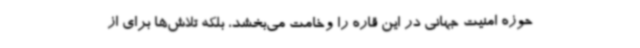
حوزه امنیت جهانی در این قاره را وخامت می‌بخشد، بلکه تلاش‌ها برای از